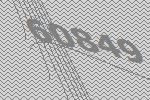
60849